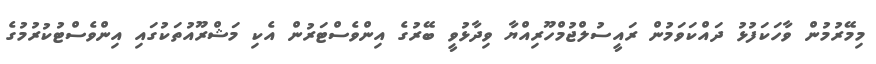
މިމޭރުމުން ވާހަކަފުޅު ދައްކަވަމުން ރައީސުލްޖުމްހޫރިއްޔާ ވިދާޅުވީ ބޭރުގެ އިންވެސްޓަރުން އެކި މަޝްރޫއުތަކުގައި އިންވެސްޓުކުރުމުގެ